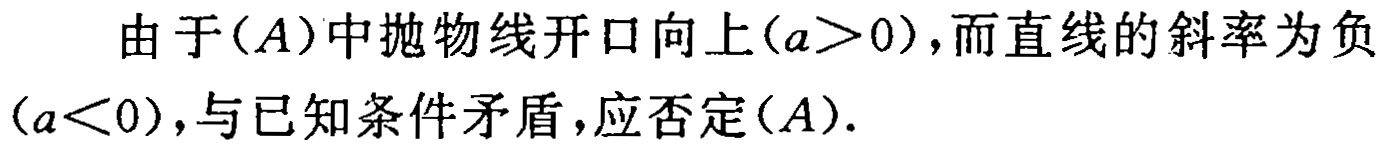
由于$(A)$中抛物线开口向上$(a>0)$，而直线的斜率为负\((a<0)\)，与已知条件矛盾，应否定\((A)\)。